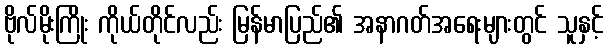
ဗိုလ်မိုးကြိုး ကိုယ်တိုင်လည်း မြန်မာပြည်၏ အနာဂတ်အရေးများတွင် သူနှင့်